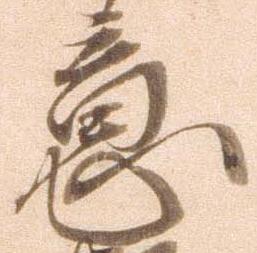
意